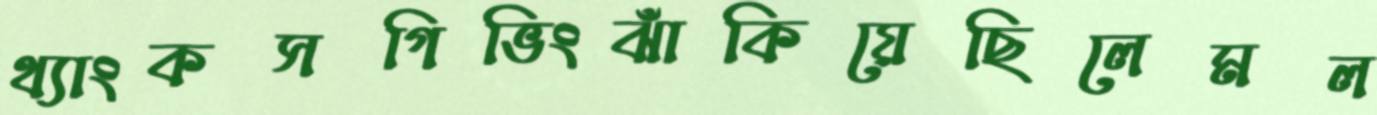
থ্যাংকসগিভিংঝাঁকিয়েছিলেমল